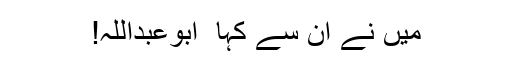
میں نے ان سے کہا ٗ ابوعبداللہ!